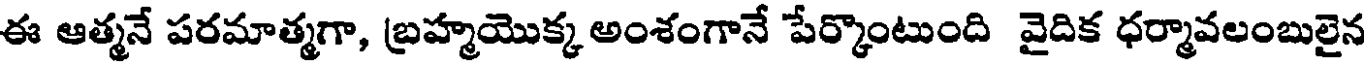
ఈ ఆత్మనే పరమాత్మగా, బ్రహ్మయొక్క అంశంగానే పేర్కొంటుంది వైదిక ధర్మావలంబులైన